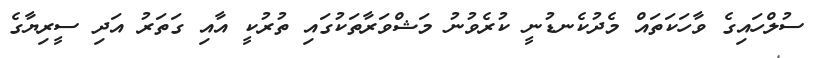
ސުލްހައިގެ ވާހަކަތައް މެދުކެނޑުނީ ކުރެވުނު މަޝްވަރާތަކުގައި ތުރުކީ އާއި ގަތަރު އަދި ސީރިޔާގެ